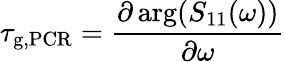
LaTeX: \tau_{\mathrm{g,PCR}}=\frac{\partial\arg(S_{11}(\omega))}{\partial\omega}